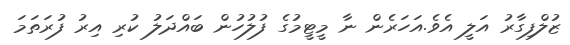
ޒުލްފިގާރު އަލީ އެވެ.އަހަރެން ނާ މީޓީމުގެ ފުލުހުން ބައްދަލު ކުރި އިރު ފުރަތަމަ